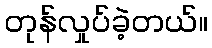
တုန်လှုပ်ခဲ့တယ်။